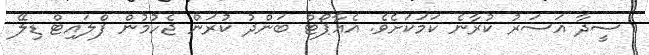
ސީދާ އަސަރު ކުރާނެ ކަމަކަށެވެ. އެއާޕޯޓް ބަންދު ކުރަން ޖެހުމުން ފްލައިޓް ޑިލޭ